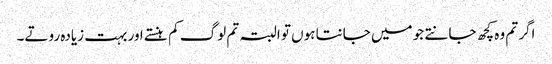
اگر تم وہ کچھ جانتے جو میں جانتا ہوں تو البتہ تم لوگ کم ہنستے اور بہت زیادہ روتے۔